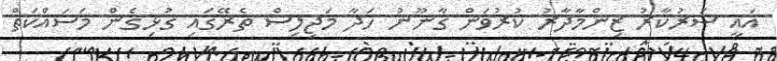
އައީ ސަރުކާރު ޒިންމާދާރު ކުރުވަން ގާނޫނު ހަދާ މަޖިލިސް ތެރޭގައި ގުޅިގެން މަސައްކަތް